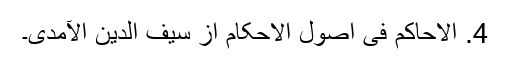
4. الاحاکم فی اصول الاحکام از سیف الدین الآمدی۔